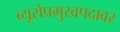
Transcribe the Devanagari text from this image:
ब्यूरोप्रमुखपदावर